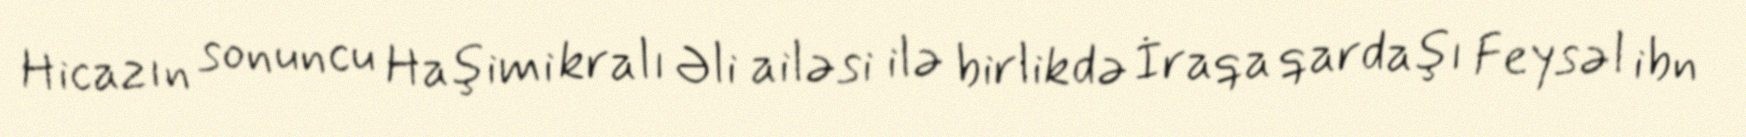
Hicazın sonuncu Haşimi kralı Əli ailəsi ilə birlikdə İraqa qardaşı Feysəl ibn